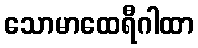
သောမာထေရီဂါထာ